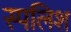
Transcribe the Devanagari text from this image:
स्पलिश